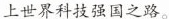
上世界科技强国之路。